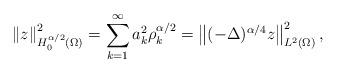
LaTeX: \begin{align*}\left\Vert z\right\Vert _{H_{0}^{\alpha/2}\left( \Omega\right) }^{2}=\sum_{k=1}^{\infty}a_{k}^{2}\rho_{k}^{\alpha/2}=\left\Vert (-\Delta)^{\alpha/4}z\right\Vert _{L^{2}\left( \Omega\right) }^{2},\end{align*}